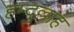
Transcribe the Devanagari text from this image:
हम्दुल्लाह